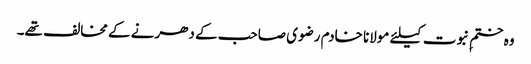
وہ ختمِ نبوت کیلئے مولانا خادم رضوی صاحب کے دھرنے کے مخالف تھے۔